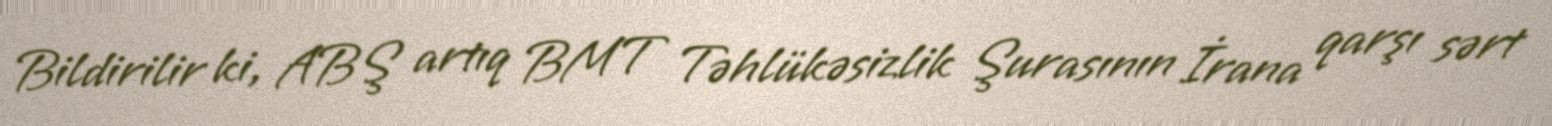
Bildirilir ki, ABŞ artıq BMT Təhlükəsizlik Şurasının İrana qarşı sərt